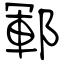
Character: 鄆